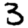
Digit: 3